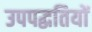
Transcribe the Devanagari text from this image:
उपपद्धतियों